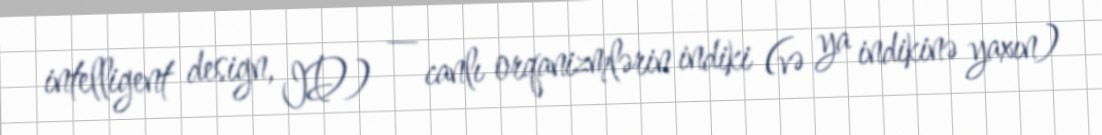
intelligent design, ID) — canlı orqanizmlərin indiki (və ya indikinə yaxın)